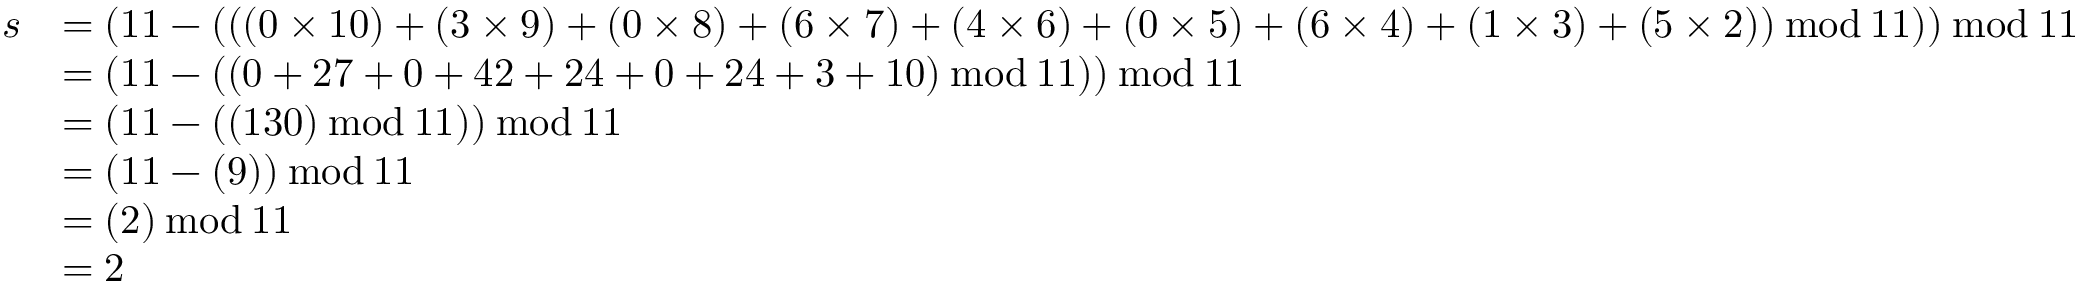
{ \begin{array} { r l } { s } & { = ( 1 1 - ( ( ( 0 \times 1 0 ) + ( 3 \times 9 ) + ( 0 \times 8 ) + ( 6 \times 7 ) + ( 4 \times 6 ) + ( 0 \times 5 ) + ( 6 \times 4 ) + ( 1 \times 3 ) + ( 5 \times 2 ) ) \, { \bmod { \, } } 1 1 ) ) \, { \bmod { \, } } 1 1 } \\ & { = ( 1 1 - ( ( 0 + 2 7 + 0 + 4 2 + 2 4 + 0 + 2 4 + 3 + 1 0 ) \, { \bmod { \, } } 1 1 ) ) \, { \bmod { \, } } 1 1 } \\ & { = ( 1 1 - ( ( 1 3 0 ) \, { \bmod { \, } } 1 1 ) ) \, { \bmod { \, } } 1 1 } \\ & { = ( 1 1 - ( 9 ) ) \, { \bmod { \, } } 1 1 } \\ & { = ( 2 ) \, { \bmod { \, } } 1 1 } \\ & { = 2 } \end{array} }